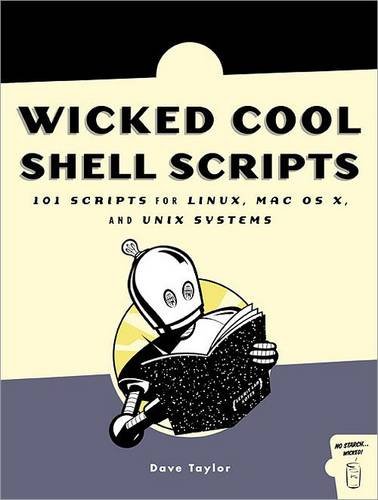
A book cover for Wicked Cool Shell Scripts; Dave Taylor; Computers & Technology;